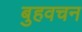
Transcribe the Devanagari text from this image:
बुहवचन